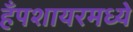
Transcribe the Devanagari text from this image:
हँपशायरमध्ये